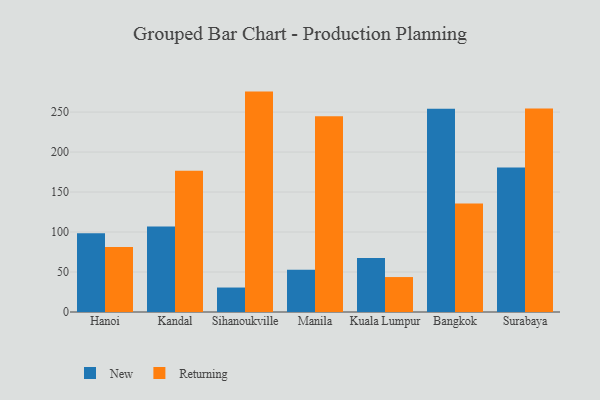
{"axis": {"x": "City", "y": "Operating Costs (USD K)"}, "legend": ["New", "Returning"], "data": [{"x": "Hanoi", "y": 98.4, "type": "New"}, {"x": "Hanoi", "y": 81.4, "type": "Returning"}, {"x": "Kandal", "y": 106.9, "type": "New"}, {"x": "Kandal", "y": 176.5, "type": "Returning"}, {"x": "Sihanoukville", "y": 30.6, "type": "New"}, {"x": "Sihanoukville", "y": 275.6, "type": "Returning"}, {"x": "Manila", "y": 52.8, "type": "New"}, {"x": "Manila", "y": 244.7, "type": "Returning"}, {"x": "Kuala Lumpur", "y": 67.5, "type": "New"}, {"x": "Kuala Lumpur", "y": 43.7, "type": "Returning"}, {"x": "Bangkok", "y": 254.3, "type": "New"}, {"x": "Bangkok", "y": 135.8, "type": "Returning"}, {"x": "Surabaya", "y": 180.8, "type": "New"}, {"x": "Surabaya", "y": 254.5, "type": "Returning"}]}